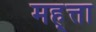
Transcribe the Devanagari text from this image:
मह्त्ता